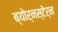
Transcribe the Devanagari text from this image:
ब्योर्नस्टेर्न